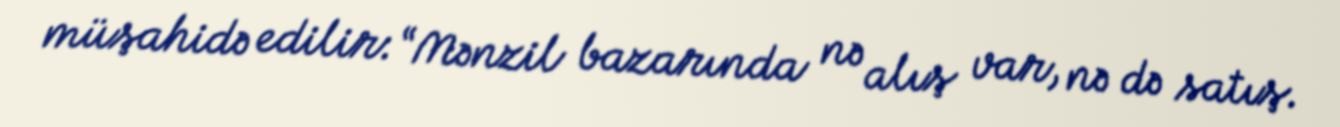
müşahidə edilir: “Mənzil bazarında nə alış var, nə də satış.